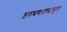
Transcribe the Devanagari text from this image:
तरुणपणापासून